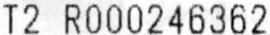
T2 R000246362